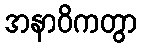
အနာဝိကတွာ